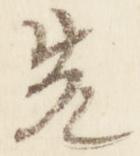
先